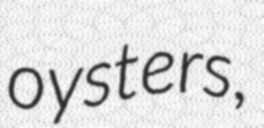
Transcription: oysters,